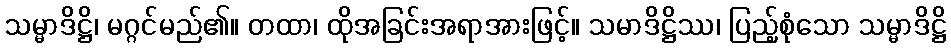
သမ္မာဒိဋ္ဌိ၊ မဂ္ဂင်မည်၏။ တထာ၊ ထိုအခြင်းအရာအားဖြင့်။ သမာဒိဋ္ဌိဿ၊ ပြည့်စုံသော သမ္မာဒိဋ္ဌိ